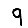
Digit: 9